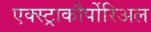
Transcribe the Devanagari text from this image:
एक्स्ट्राकौर्पोरिअल